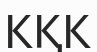
КҚК